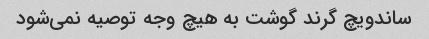
ساندویچ گرند گوشت به هیچ وجه توصیه نمی‌شود